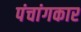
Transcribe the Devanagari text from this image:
पंचांगकार